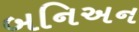
બનિઅન